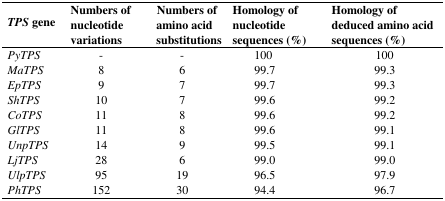
<table><thead><tr><td><b><i>TPS</i> gene</b></td><td><b>Numbers of nucleotide variations</b></td><td><b>Numbers of amino acid substitutions</b></td><td><b>Homology of nucleotide sequences (%)</b></td><td><b>Homology of deduced amino acid sequences (%)</b></td></tr></thead><tbody><tr><td><i>PyTPS</i></td><td>-</td><td>-</td><td>100</td><td>100</td></tr><tr><td><i>MaTPS</i></td><td>8</td><td>6</td><td>99.7</td><td>99.3</td></tr><tr><td><i>EpTPS</i></td><td>9</td><td>7</td><td>99.7</td><td>99.3</td></tr><tr><td><i>ShTPS</i></td><td>10</td><td>7</td><td>99.6</td><td>99.2</td></tr><tr><td><i>CoTPS</i></td><td>11</td><td>8</td><td>99.6</td><td>99.2</td></tr><tr><td><i>GlTPS</i></td><td>11</td><td>8</td><td>99.6</td><td>99.1</td></tr><tr><td><i>UnpTPS</i></td><td>14</td><td>9</td><td>99.5</td><td>99.1</td></tr><tr><td><i>LjTPS</i></td><td>28</td><td>6</td><td>99.0</td><td>99.0</td></tr><tr><td><i>UlpTPS</i></td><td>95</td><td>19</td><td>96.5</td><td>97.9</td></tr><tr><td><i>PhTPS</i></td><td>152</td><td>30</td><td>94.4</td><td>96.7</td></tr></tbody></table>